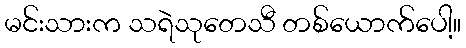
မင်းသားက သရဲသုတေသီ တစ်ယောက်ပေါ့။